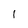
Character: 1